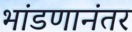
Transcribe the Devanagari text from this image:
भांडणानंतर